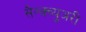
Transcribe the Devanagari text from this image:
सैन्क्च्युअरी